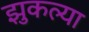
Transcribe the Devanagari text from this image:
झुकल्या